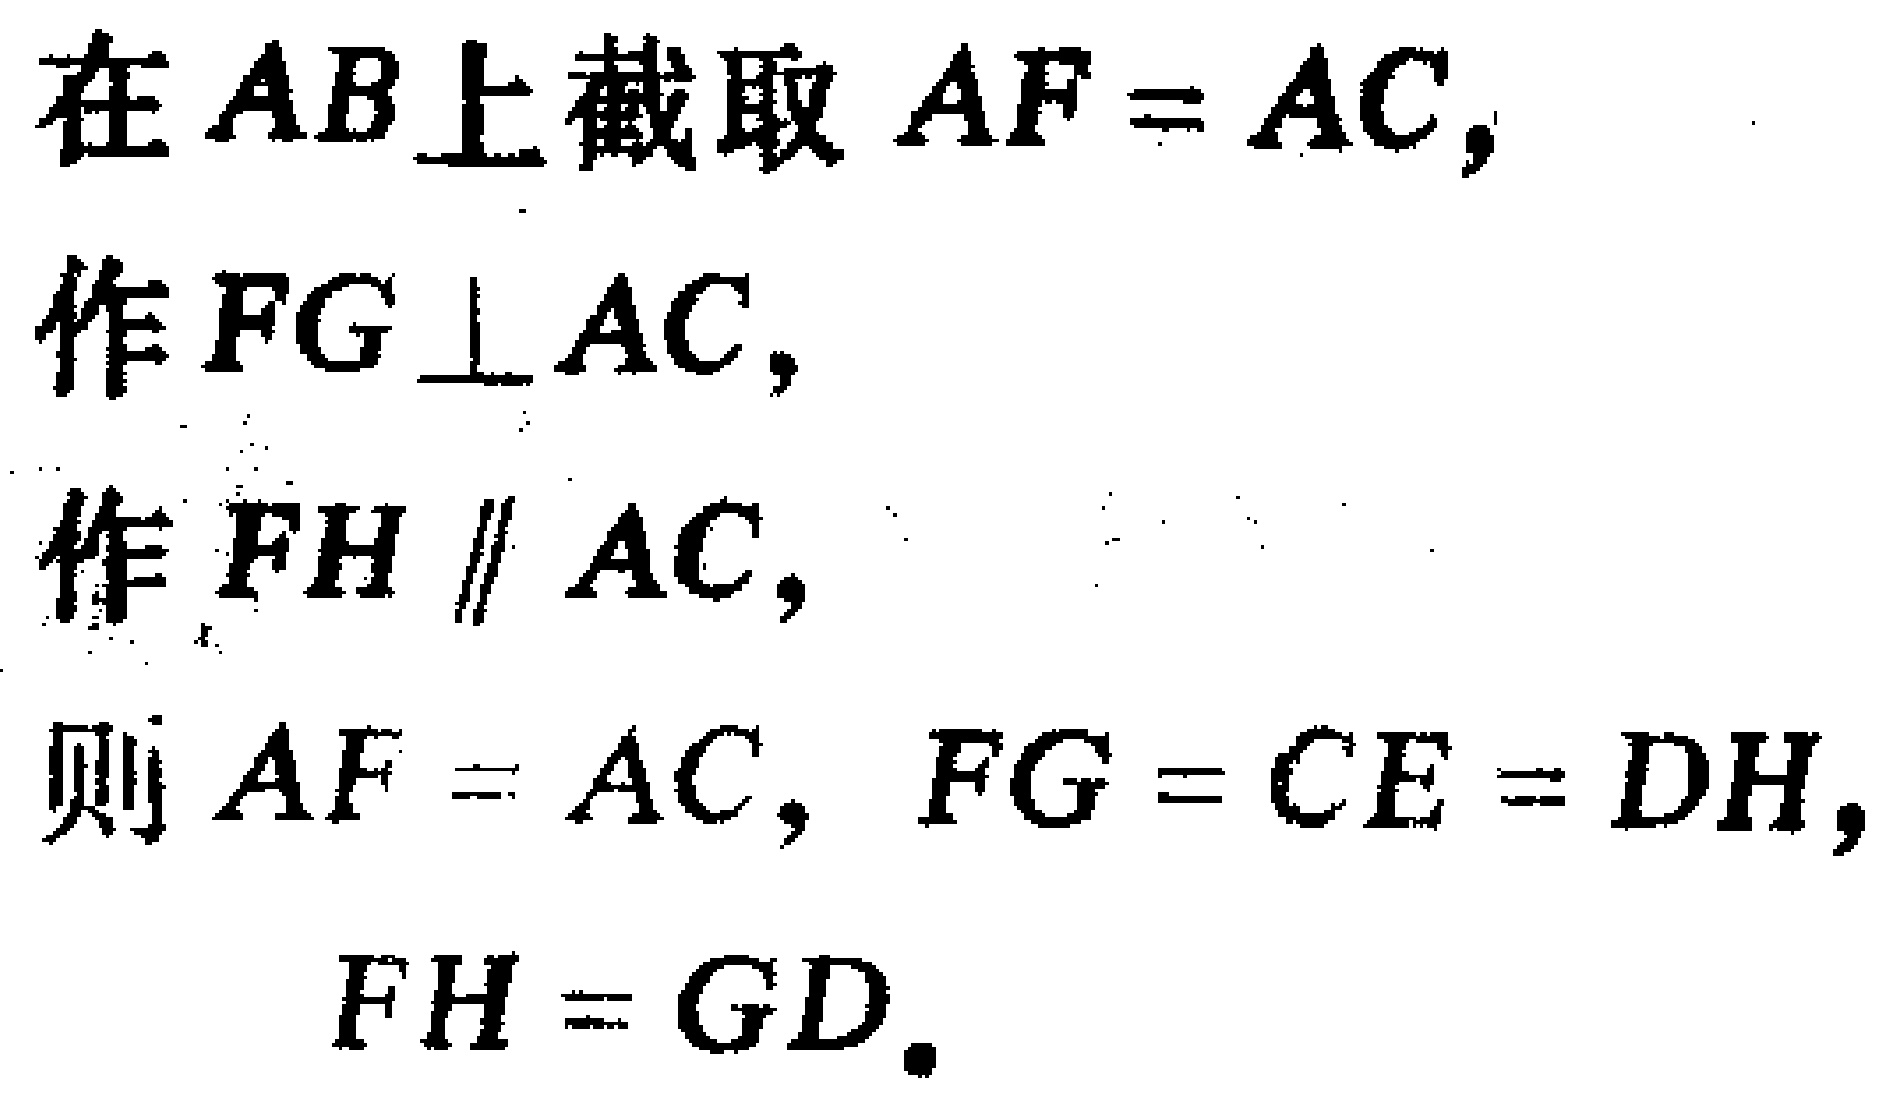
在 \(AB\) 上截取 \(AF = AC\)，
作 \(FG\perp AC\)，
作 \(FH\parallel AC\)，
则 \(AF = AC\)，\(FG = CE = DH\)，
\(FH = GD\)。